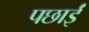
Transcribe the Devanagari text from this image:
पछाईं